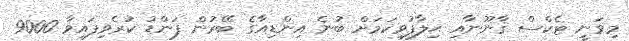
މިވަނީ ޓެކްސް ޤާނޫނާއި ޙިލާފުވިކަމަށް ބުނެ އިންޑިއާގެ ބޭރުން ފަންޑު ކުރެވިފައިވާ 9000